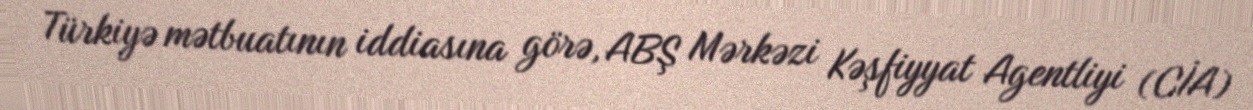
Türkiyə mətbuatının iddiasına görə, ABŞ Mərkəzi Kəşfiyyat Agentliyi (CİA)